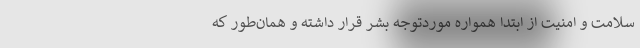
سلامت و امنیت از ابتدا همواره موردتوجه بشر قرار داشته و همان‌طور که